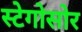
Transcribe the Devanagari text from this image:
स्टेगोसोर